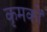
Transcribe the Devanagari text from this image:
कृमकों